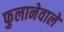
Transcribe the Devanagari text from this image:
फुलानेवाले